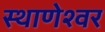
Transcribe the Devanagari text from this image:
स्थाणेश्वर